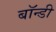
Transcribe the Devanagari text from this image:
बॉन्डी